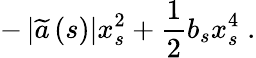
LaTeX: -\left\vert\widetilde{a}\left(s\right)\right\vert x_{s}^{2}+\frac{1}{2}b_{s}x_{s}^{4}\; .